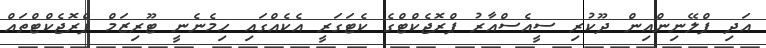
އަދި ޕްލޭނިންއިން ދޫކުރި ސީއެސްއާރު ޕްރޮޖެކްޓްގެ ކެޓަގަރީ އެކެއްގައި ހިމެނެނީ ޓޫރިޒަމް ޕްރޮޖެކްޓްތައް